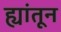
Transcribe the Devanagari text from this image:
ह्यांतून